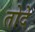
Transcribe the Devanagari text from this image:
तोदे